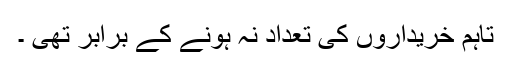
تاہم خریداروں کی تعداد نہ ہونے کے برابر تھی ۔